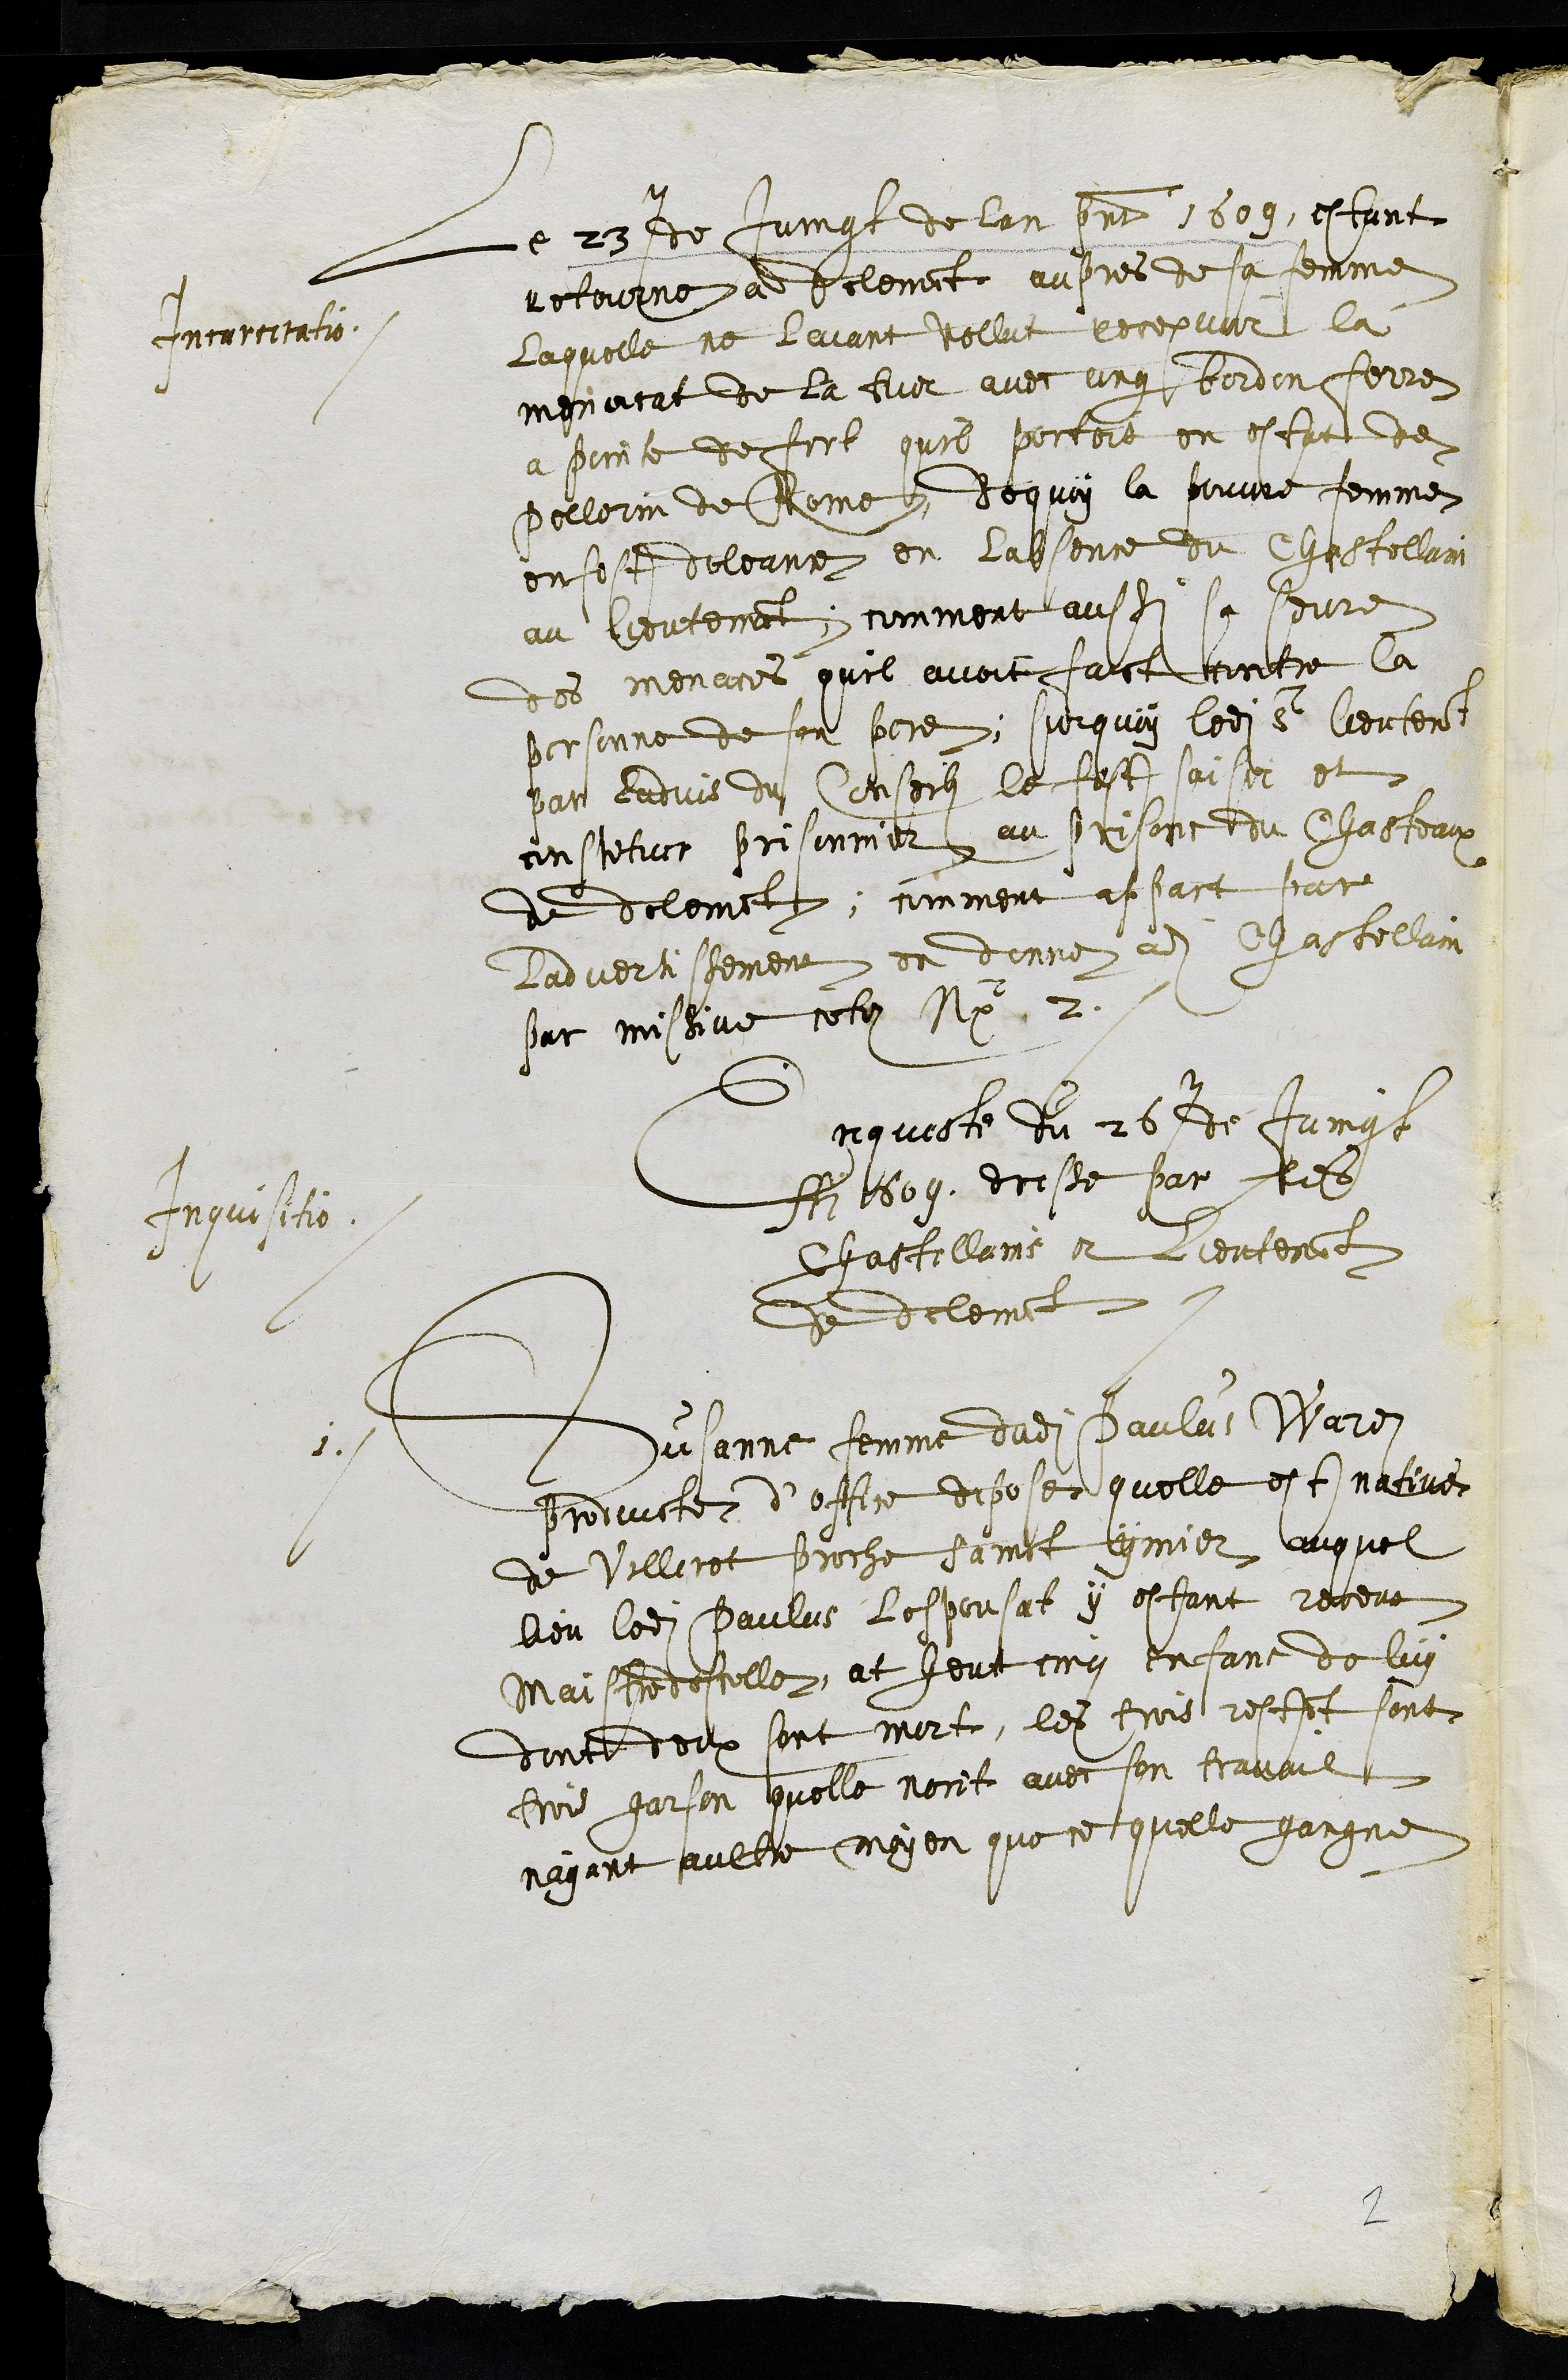
Le 23e de Juingt de lan present 1609, estant
Incurritatio
retourne a delemont aupres de sa femme
laquelle ne laiant vollut recepvoir la
menacat de la tuer avec ung bordon ferre
a pointe de fert quil portoit en estant de
pellerin de Rome Dequoy la pouvre femme
en fest doleance en labsence du Chastellain
au lieutenant, comment aussi sa seure
des menaces quil avoit faict contre la
personne de son pere, Surquoy ledit sr lieutenant
par ladvis du Conseil le fest saisir et
constituer prisonnier au prisons du Chasteaux
de delemont, comment appart par
ladvertissement ce donne adit Chastellain
sur missive cotei No 2.
Enqueste du 26e de Juingt
Inquisitio.
Ai1609 dresse par les
Chastellains et Lieutenant
de delement.
1 Susanne femme dudit Paulus Warei
produicte d’office depose quelle est native
de Villeret proche Sainct ymier, auquel
lieu ledit Paulus lespousat y estant receut
Maistre descolle, at heut cinq enfans de luy
dont deux sont mort, les trois restant sont
trois garson quelle norit avec son travail
nayant aultre moyen que ce .0quelle gaigne
2